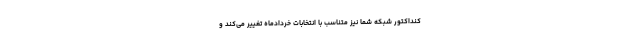
کنداکتور شبکه شما نیز متناسب با انتخابات خردادماه تغییر می‌کند و